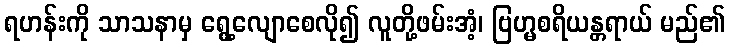
ရဟန်းကို သာသနာမှ ရွေ့လျောစေလို၍ လူတို့ဖမ်းအံ့၊ ဗြဟ္မစရိယန္တရာယ် မည်၏